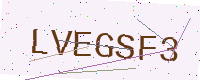
Text: LVEGSF3